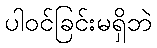
ပါဝင်ခြင်းမရှိဘဲ